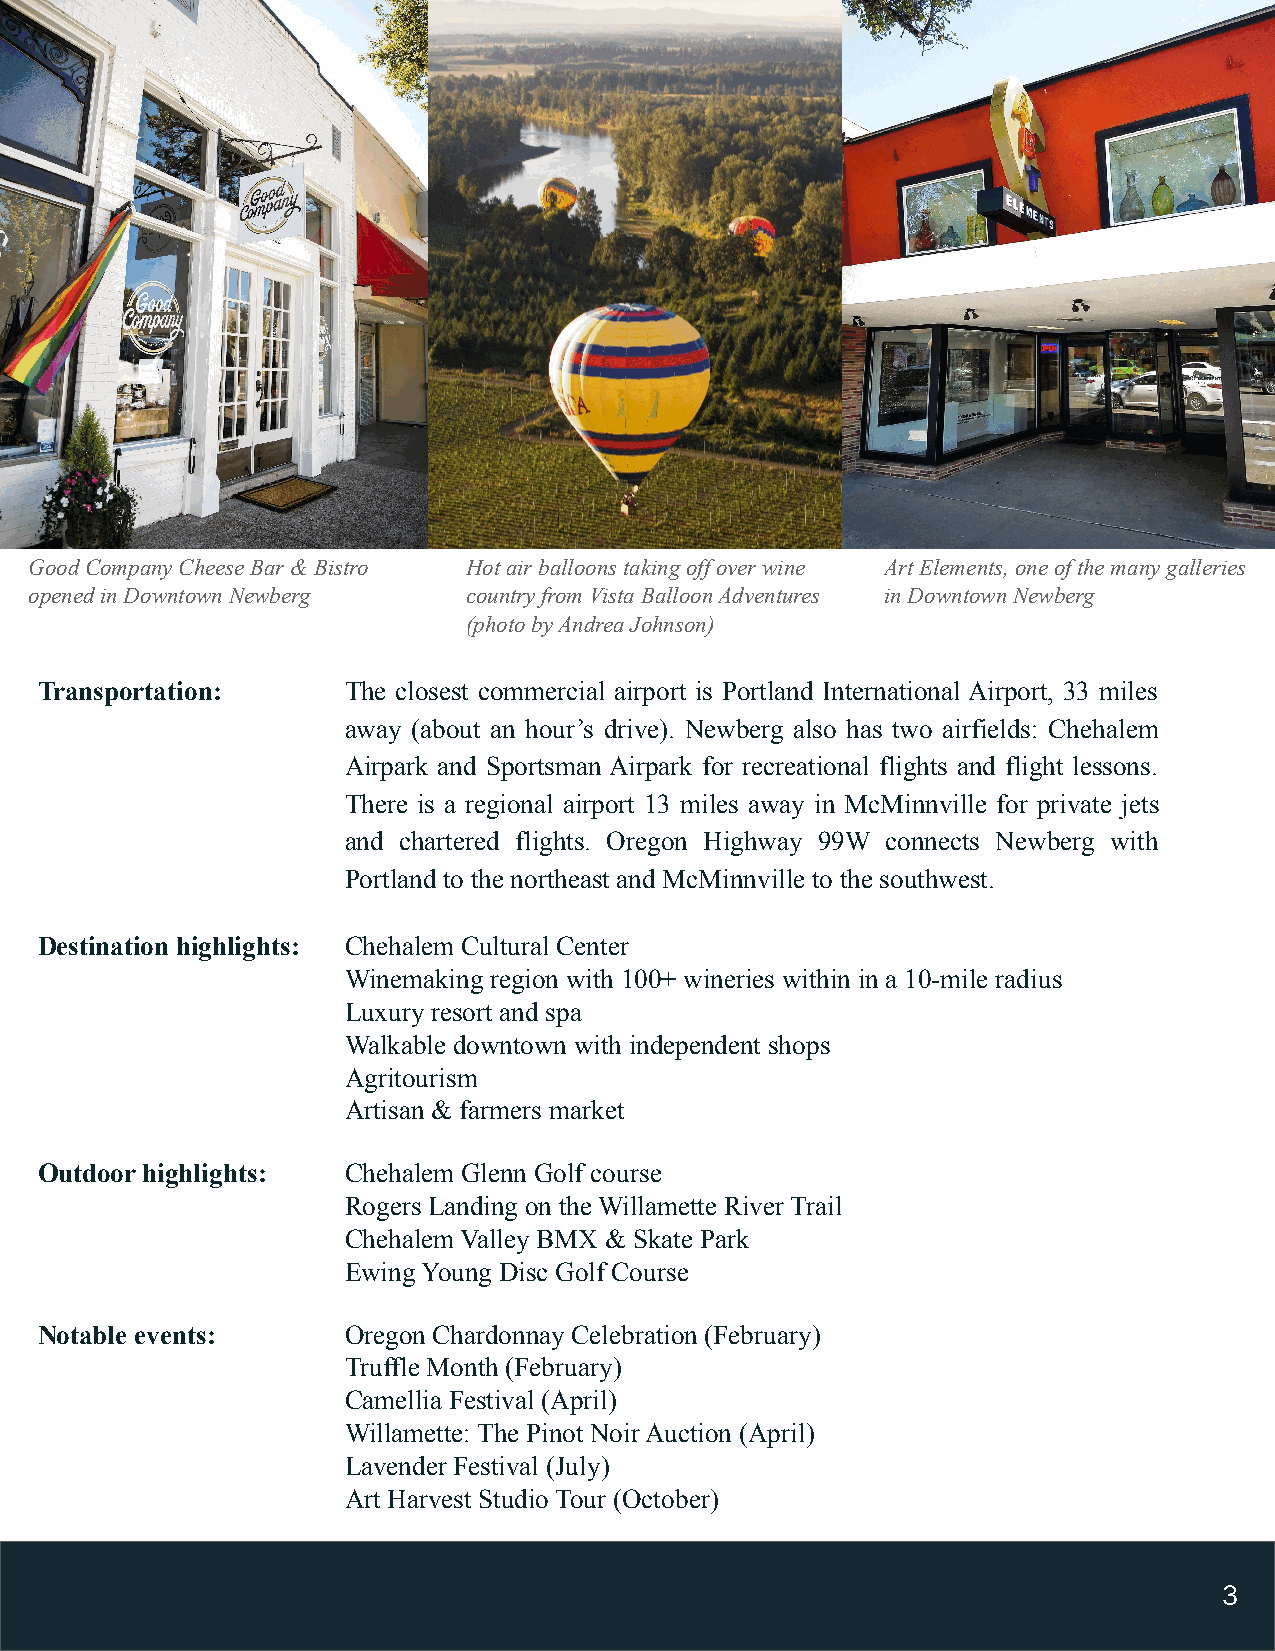
Good Company Cheese Bar & Bistro Hot air balloons taking off over wine Art Elements, one of the many galleries
 opened in Downtown Newberg   country from Vista Balloon Adventures in Downtown Newberg
 (photo by Andrea Johnson)
 Transportation:      The closest commercial airport is Portland International Airport, 33 miles
 away (about an hour’s drive). Newberg also has two airfields: Chehalem
 Airpark and Sportsman Airpark for recreational flights and flight lessons.
 There is a regional airport 13 miles away in McMinnville for private jets
 and chartered flights. Oregon Highway 99W connects Newberg with
 Portland to the northeast and McMinnville to the southwest.
 Destination highlights: Chehalem Cultural Center
 Winemaking region with 100+ wineries within in a 10-mile radius
 Luxury resort and spa
 Walkable downtown with independent shops
 Agritourism
 Artisan & farmers market
 Outdoor highlights:  Chehalem Glenn Golf course
 Rogers Landing on the Willamette River Trail
 Chehalem Valley BMX & Skate Park
 Ewing Young Disc Golf Course
 Notable events:      Oregon Chardonnay Celebration (February)
 Truffle Month (February)
 Camellia Festival (April)
 Willamette: The Pinot Noir Auction (April)
 Lavender Festival (July)
 Art Harvest Studio Tour (October)
 3